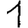
Digit: 1